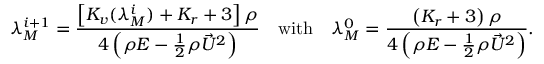
\lambda _ { M } ^ { i + 1 } = \frac { \left[ K _ { v } ( \lambda _ { M } ^ { i } ) + K _ { r } + 3 \right] \rho } { 4 \left( \rho E - \frac { 1 } { 2 } \rho \vec { U } ^ { 2 } \right) } \quad \mathrm { w i t h } \quad \lambda _ { M } ^ { 0 } = \frac { \left( K _ { r } + 3 \right) \rho } { 4 \left( \rho E - \frac { 1 } { 2 } \rho \vec { U } ^ { 2 } \right) } .